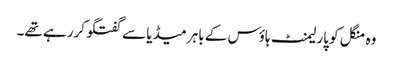
وہ منگل کو پارلیمنٹ ہاؤس کے باہر میڈیا سے گفتگو کررہے تھے۔